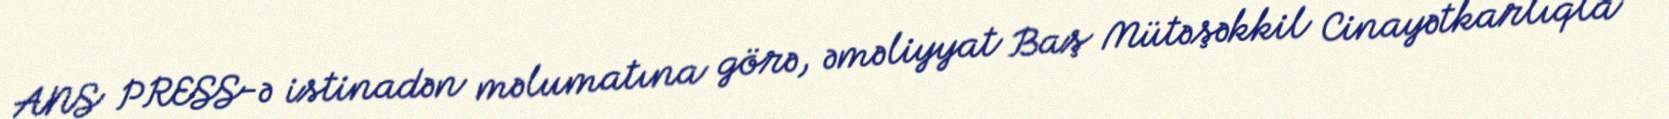
ANS PRESS-ə istinadən məlumatına görə, əməliyyat Baş Mütəşəkkil Cinayətkarlıqla